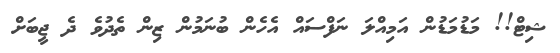
ޝިޓް!! މަޑުމަޑުން އަމިއްލަ ނަފްސައް އެހެން ބުނަމުން ޒިން ތެދުވެ ދެ ޖީބަށް